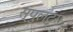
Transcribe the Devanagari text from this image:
स्पुलटुरा